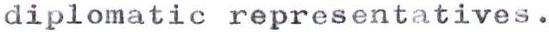
diplomatic representatives.